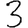
Digit: 3